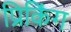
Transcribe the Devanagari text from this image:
प्रिकिंग